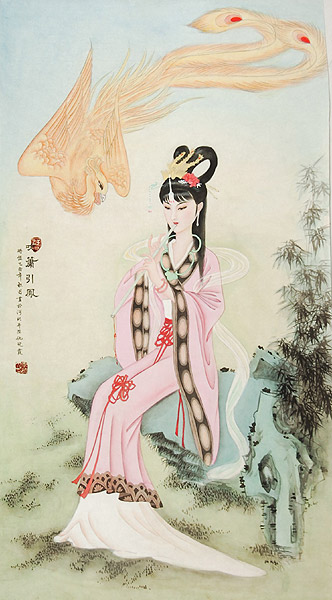
当垆秦女，十五语如弦。